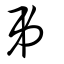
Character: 吊